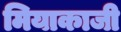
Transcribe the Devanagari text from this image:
मियाकाजी